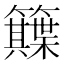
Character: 𥷕